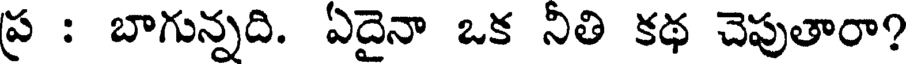
ప్ర : బాగున్నది. ఏదైనా ఒక నితి కథ చెపుతారా?